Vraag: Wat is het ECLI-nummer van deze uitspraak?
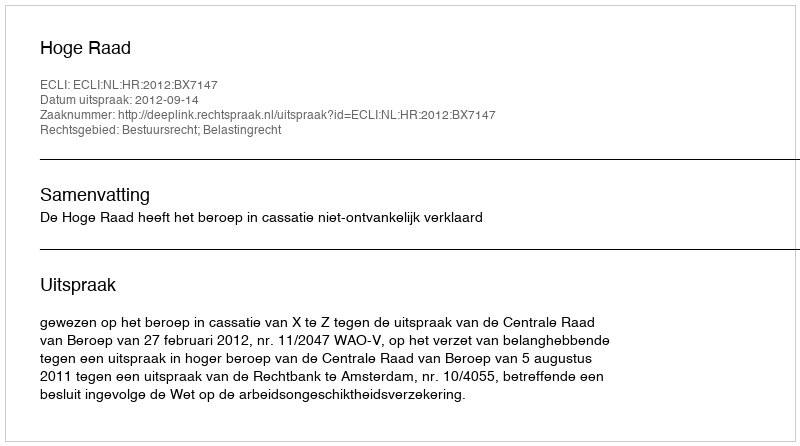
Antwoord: ECLI:NL:HR:2012:BX7147